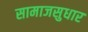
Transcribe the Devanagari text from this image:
सामाजसुधार